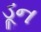
ડૂન